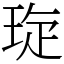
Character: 琁